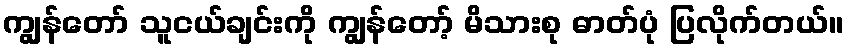
ကျွန်တော် သူငယ်ချင်းကို ကျွန်တော့် မိသားစု ဓာတ်ပုံ ပြလိုက်တယ်။